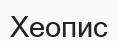
Хеопис